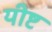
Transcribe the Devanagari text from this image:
यीष्ट